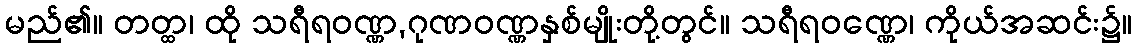
မည်၏။ တတ္ထ၊ ထို သရီရဝဏ္ဏ,ဂုဏဝဏ္ဏနှစ်မျိုးတို့တွင်။ သရီရဝဏ္ဏေ၊ ကိုယ်အဆင်း၌။